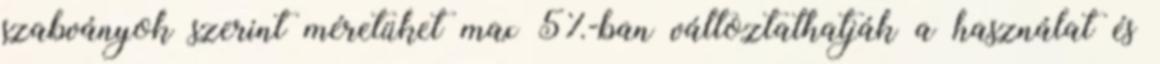
szabványok szerint méretüket max 5%-ban változtathatják a használat és